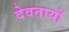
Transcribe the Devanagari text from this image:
देवतायों